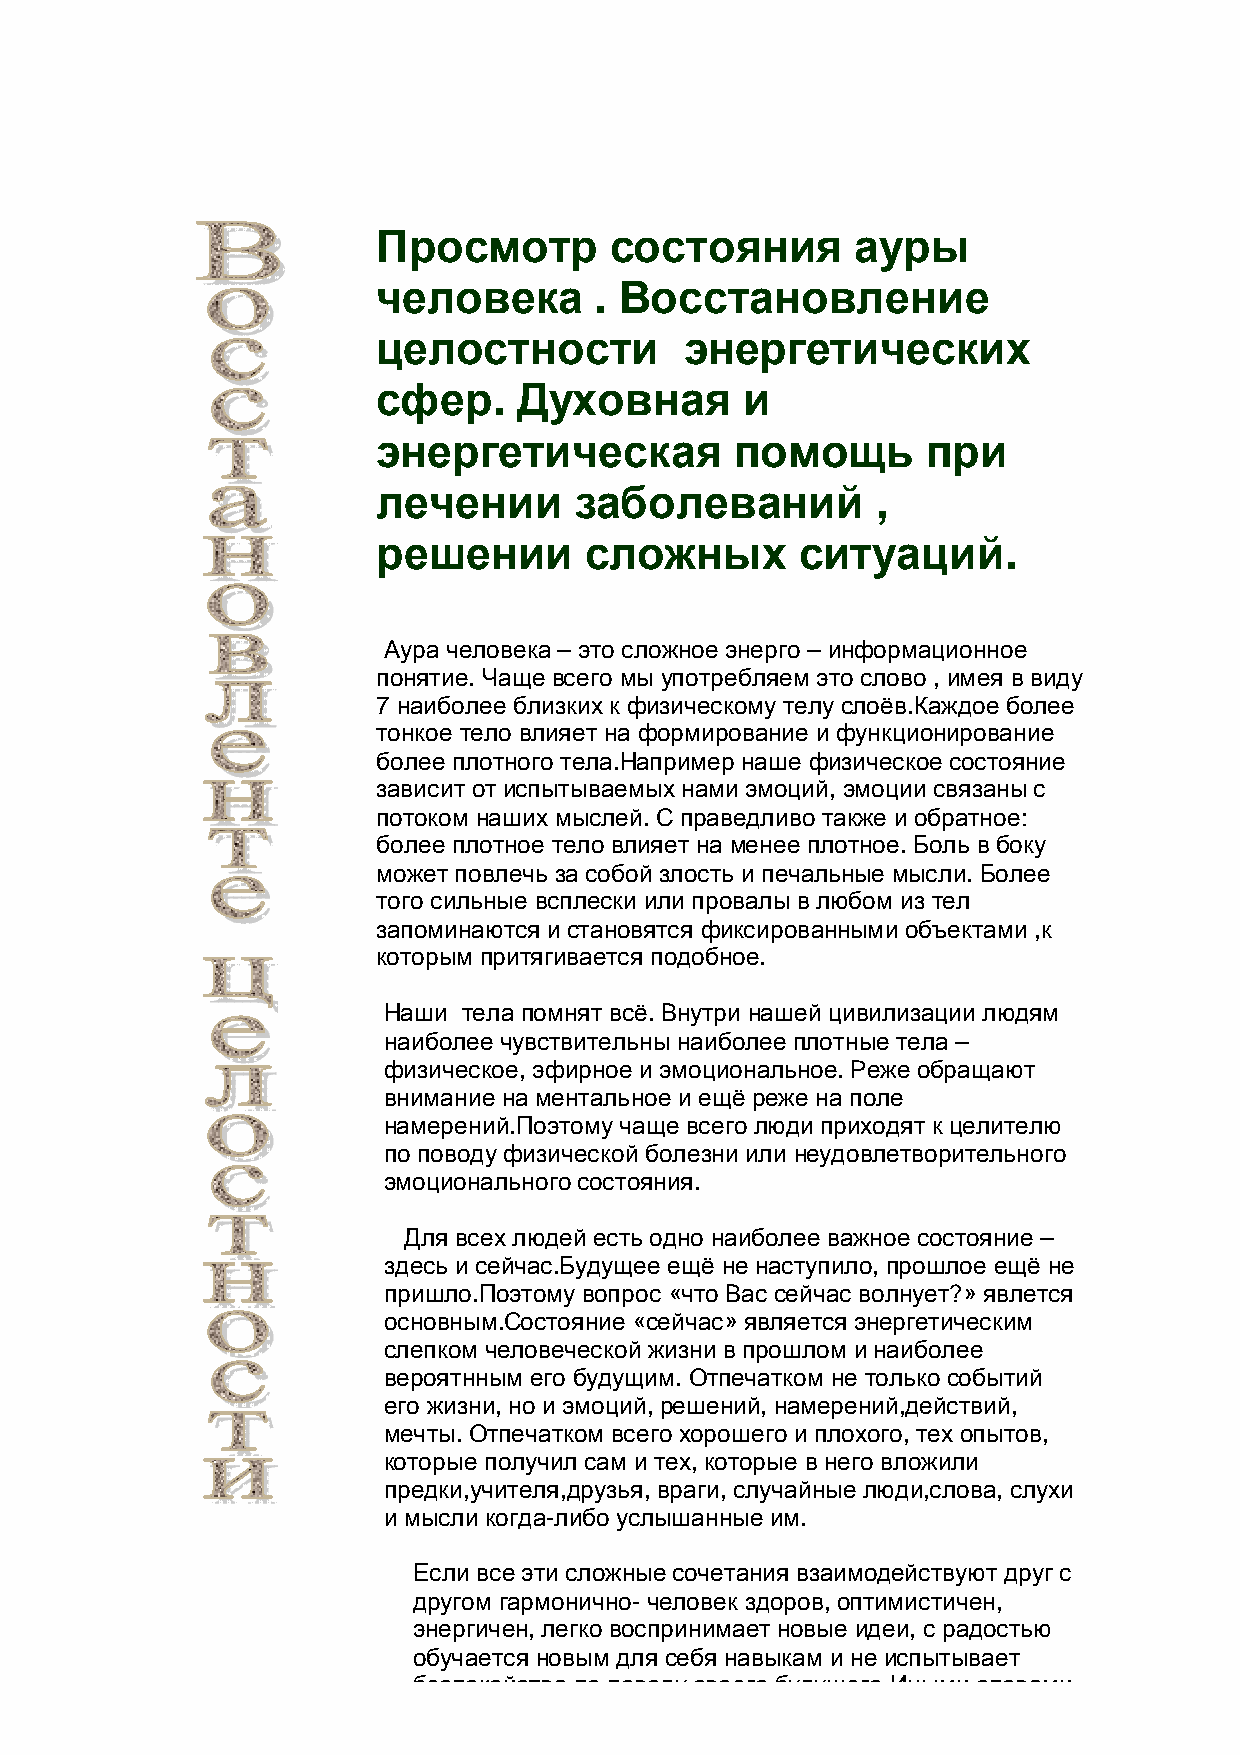
Просмотр       состояния        ауры
 человека      . Восстановление
 целостности         энергетических
 сфер.    Духовная       и
 энергетическая          помощь      при
 лечении      заболеваний         ,
 решении       сложных       ситуаций.
 Аура человека – это сложное энерго – информационное
 понятие. Чаще всего мы употребляем это слово , имея в виду
 7 наиболее близких к физическому телу слоёв.Каждое более
 тонкое тело влияет на формирование и функционирование
 более плотного тела.Например наше физическое состояние
 зависит от испытываемых нами эмоций, эмоции связаны с
 потоком наших мыслей. С праведливо также и обратное:
 более плотное тело влияет на менее плотное. Боль в боку
 может повлечь за собой злость и печальные мысли. Более
 того сильные всплески или провалы в любом из тел
 запоминаются и становятся фиксированными объектами ,к
 которым притягивается подобное.
 Наши  тела помнят всё. Внутри нашей цивилизации людям
 наиболее чувствительны наиболее плотные тела –
 физическое, эфирное и эмоциональное. Реже обращают
 внимание на ментальное и ещё реже на поле
 намерений.Поэтому чаще всего люди приходят к целителю
 по поводу физической болезни или неудовлетворительного
 эмоционального состояния.
 Для всех людей есть одно наиболее важное состояние –
 здесь и сейчас.Будущее ещё не наступило, прошлое ещё не
 пришло.Поэтому вопрос «что Вас сейчас волнует?» явлется
 основным.Состояние «сейчас» является энергетическим
 слепком человеческой жизни в прошлом и наиболее
 вероятнным его будущим. Отпечатком не только событий
 его жизни, но и эмоций, решений, намерений,действий,
 мечты. Отпечатком всего хорошего и плохого, тех опытов,
 которые получил сам и тех, которые в него вложили
 предки,учителя,друзья, враги, случайные люди,слова, слухи
 и мысли когда-либо услышанные им.
 Если все эти сложные сочетания взаимодействуют друг с
 другом гармонично- человек здоров, оптимистичен,
 энергичен, легко воспринимает новые идеи, с радостью
 обучается новым для себя навыкам и не испытывает
 беспокойства по поводу своего будущего.Иными словами